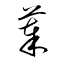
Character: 菶